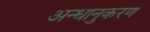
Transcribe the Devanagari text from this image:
अन्धानुकरण